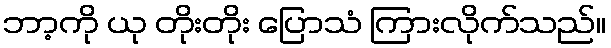
ဘာ့ကို ယု တိုးတိုး ပြောသံ ကြားလိုက်သည်။